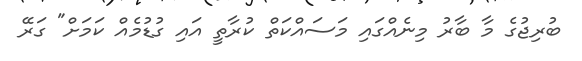
ބުރިޖުގެ މާ ބާރު މިނެއްގައި މަސައްކަތް ކުރާތީ އައި ގުޑުމެއް ކަމަށް" ގަރޭ